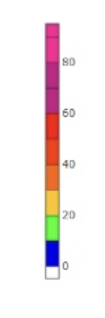
Blue: 0 to 10
Green: 10 to 20
Yellow: 20 to 30
Orange: 30 to 40
Dark Orange: 40 to 50
Red: 50 to 60
Magenta: 60 to 80
Pink: 80 to 85